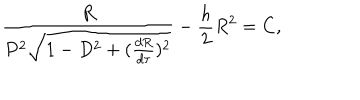
\frac { R } { P ^ { 2 } \sqrt { 1 - D ^ { 2 } + ( \frac { d R } { d \tau } ) ^ { 2 } } } - \frac { h } { 2 } R ^ { 2 } = C ,